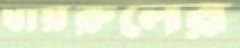
খায়রুলের